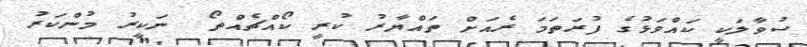
ސުވާލަކީ ކައްވަޅުގެ ފުރަތަމަ ރެއަށް ތައްޔާރު ކުރީ ކޯއްޗެއްތޯ  ނަކީރު މުންކަރު